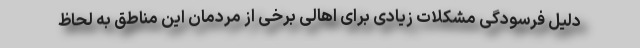
دلیل فرسودگی مشکلات زیادی برای اهالی برخی از مردمان این مناطق به لحاظ